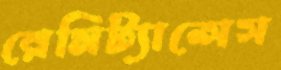
রেমিট্যান্সেস